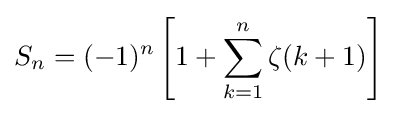
S_{n}=(-1)^{n}\left[1+\sum _{k=1}^{n}\zeta (k+1)\right]